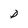
Character: D